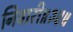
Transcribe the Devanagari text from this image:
निवारी॥३४॥